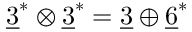
\underline { { { 3 } } } ^ { * } \otimes \underline { { { 3 } } } ^ { * } = \underline { { { 3 } } } \oplus \underline { { { 6 } } } ^ { * }